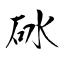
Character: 砅